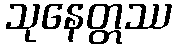
သုနေတ္တဿ